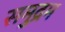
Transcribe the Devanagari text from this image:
समुद्रम